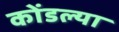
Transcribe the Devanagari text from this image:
कोंडल्या